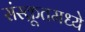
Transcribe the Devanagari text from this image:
संस्क्रूतमध्ये